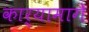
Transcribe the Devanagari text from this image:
कार्यामागे